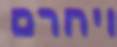
ויחרם